Eesti_Evangeeliumi_Luteri_Usu_Konsistoorium, lk 4
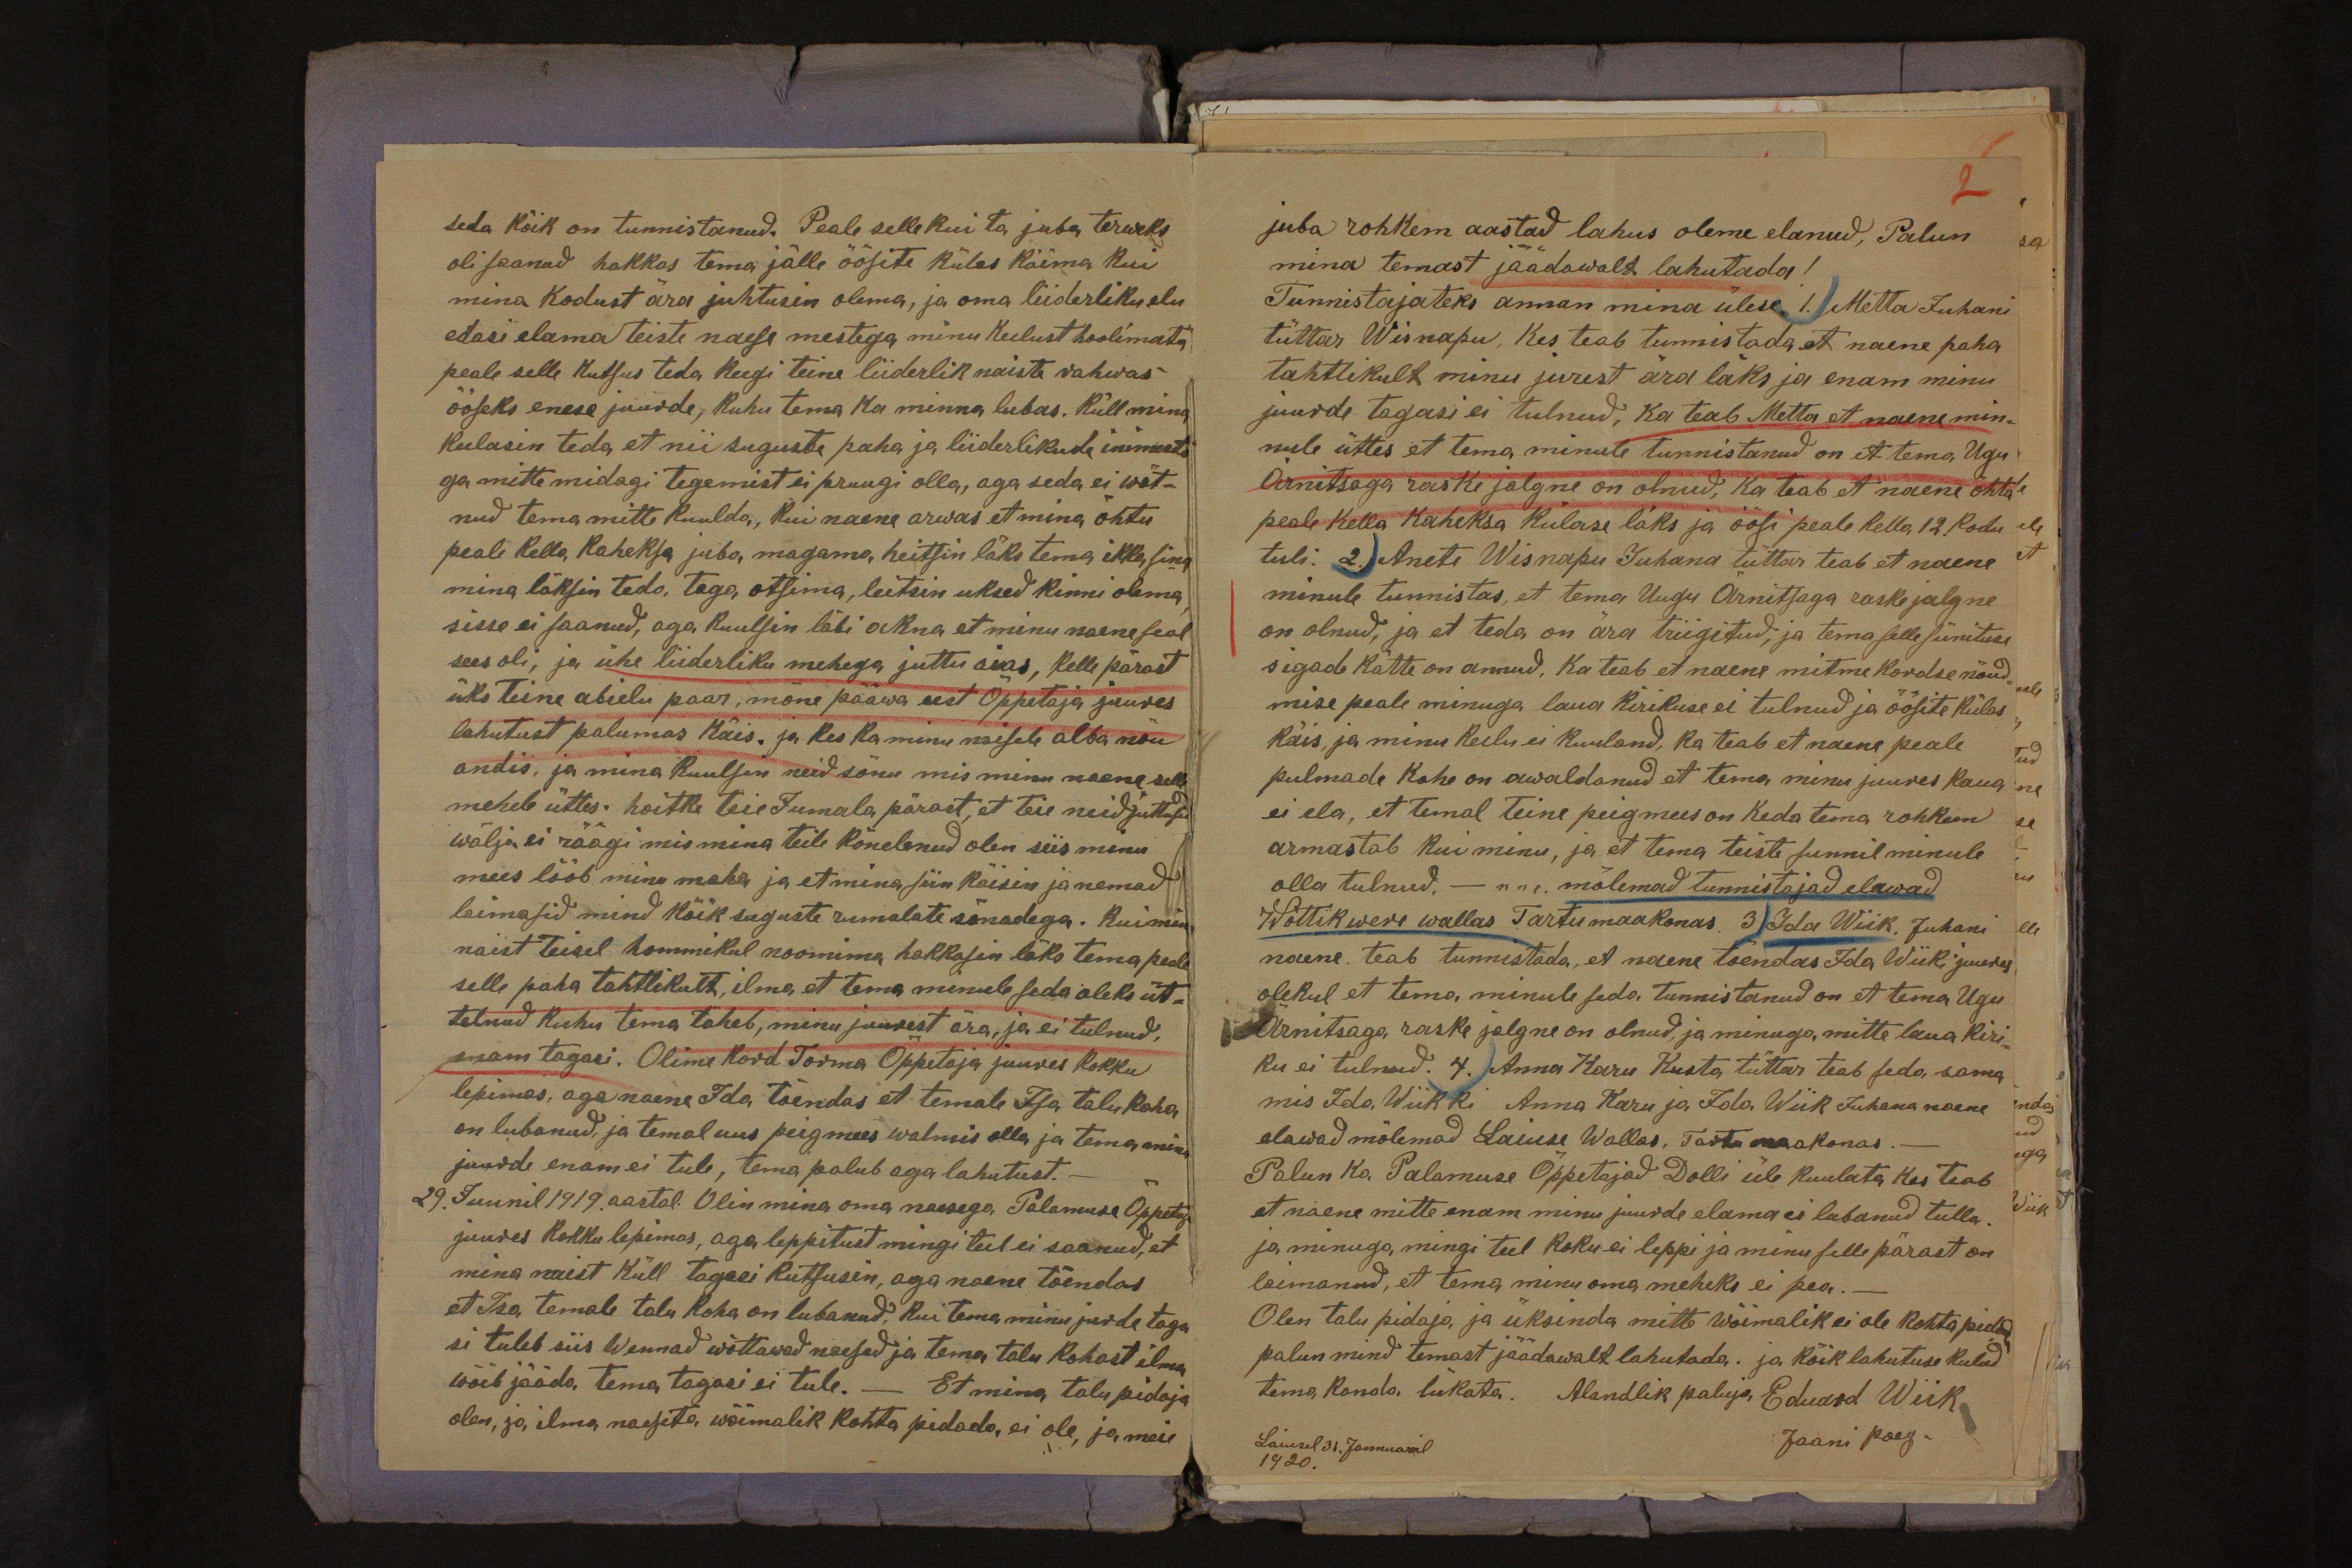
2

seda kõik on tunnistanud. Peale selle kui ta juba terweks
oli saanud hakkas tema jälle öösite külas käima kui
mina kodust ära juhtusin olema, ja oma liiderliku elu
edasi elama teiste naese mestega minu keelust hoolimata
peale selle kutsus teda keegi teine liiderlik naiste rahwas
ööseks enese juurde, kuhu tema ka minna lubas. Küll mina
keelasin teda et nii suguste paha ja liiderlikude inimeste
ga mitte midagi tegemist ei pruugi olla, aga seda ei wöt-
nud tema mitte kuulda, kui naene arwas et mina õhtu
peale kella kaheksa juba magama heitsin läks tema ikka sina
mina läksin teda taga otsima, leitsin uksed kinni olema
sisse ei saanud, aga kuulsin läbi akna et minu naene seal
sees oli, ja ühe liiderliku mehega juttu aias, kelle pärast
üks teine abielu paar, mõne pääwa eest Õppetaja juures
lahutust palumas käis. ja kes ka minu naisele alba nõu
andis, ja mina kuulsin neid sõnu mis minu naene selle
mehele ütles: hoitke teie Jumala pärast, et teie neid juttusid
wälja ei räägi mis mina teile kõnelenud olen siis minu
mees lööb minu maha ja et mina siin käisin ja nemad
laimasid mind kõik suguste rumalate sõnadega. Kuimina
naist Teisel hommikul noomima hakkasin läks tema peale
selle paha tahtlikult, ilma et tema minule seda oleks üt-
telnud kuhu tema läheb, minu juurest ära, ja ei tulnud,
enam tagasi. Olime kord Torma Õppetaja juures kokku
lepimas, aga naene Ida tõendas et temale Isa talu koha
on lubanud, ja temal uus peigmees walmis olla ja tema minu
juurde enam ei tule, tema palub aga lahutust.-
29. Juunil 1919. aastal. Olin mina oma naesaga Palamuse Õppetaja
juures kokku lepimas, aga leppitust mingi teel ei saanud, et
mina naist küll tagasi kutsusin, aga naene tõendas
et Isa temale talu koha on lubanud, kui tema minu järele taga
si tuleb siis Wennad wõttawad naesed ja tema talu kohast ilma
wõib jääda tema tagasi ei tule. - Et mina talupidaja
olen, ja ilma naeseta wõimalik kohta pidada ei ole, ja meie

juba rohkem aastad lahus oleme elanud, Palun
mina temast jäädawalt lahutada!
Tunnistajateks annan mina ülese 1. Metta Juhani
tüttar Wisnapu, kes teab tunnistada et naene paha
tahtlikult minu jurest ära läks ja enam minu
juurde tagasi ei tulnud, ka teab Metta et naene min-
nule ütles et tema minule tunnistanud on et tema Ugu
Ärnitsaga raske jalgne on olnud, ka teab et naene õhta
peale kella kaheksa külase läks ja öösi peale kella 12. kodu
tuli: 2.) Anete Wisnapu Juhana tüttar teab et naene
minule tunnistas, et tema Uugu Ärnitsaga raske jalgne
on olnud, ja et teda on ära triigitud, ja tema selle sünituse
sigade kätte on annud. Ka teab et naene mitme kordse nõud
mise peale minuga laua kirikuse ei tulnud ja öösite külas
käis, ja minu keelu ei kuuland, ka teab et naene peale
pulmade kohe on awaldanud et tema minu juures kaua
ei ela, et temal teine peigmees on keda tema rohkem
armastab kui minu, ja et tema teiste sunnil minule
olla tulnud, - n.n. mõlemad tunnistajad elawad,
Wõttikwere wallas Tartu maakonas. 3) Ida Wiik, Juhani
naene teab tunnistada, et naene tõendas Ida Wiiki juures
olekul et tema minule seda tunnistanud on et tema Ugu
Ärnitsaga raske jalgne on olnud, ja minuga mitte laua kiri-
ku ei tulnud. 4.) Anna Karu Kusta tüttar teab seda sama
mis Ida Wiik ki Anna Karu ja Ida Wiik Juhana naene
elawad mõlemad Laiuse Wallas, Tartu maakonas.
Palun ka Palamuse Õppetajad Dolli üle kuulata kes teab
et naene mitte enam minu juurde elama ei lubanud tulla.
ja minuga mingi teel koku ei leppi ja minu selle pärast on
laimanud, et tema minu oma meheks ei pea. -
Olen talu pidaja ja üksinda mitte wõimalik ei ole kohta pidada
palun mind temast jäädawalt lahutada. ja kõik lahutuse kulud
tema kanda lükata. Alandlik paluja Eduard Wiik
Jaani poeg.
Laiusel 31. Jannuaril
1920.